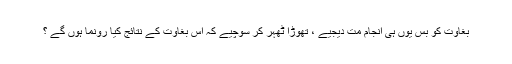
بغاوت کو بس یوں ہی انجام مت دیجیے ، تھوڑا ٹھہر کر سوچیے کہ اس بغاوت کے نتائج کیا رونما ہوں گے ؟